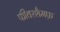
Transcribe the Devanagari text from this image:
फीवरशैमफ़